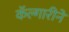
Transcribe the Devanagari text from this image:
कॅल्गारीने